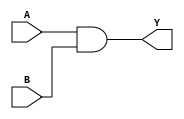
module AND2X2_1(A, B, Y);
input A, B;
output Y;
and(Y, A, B);
endmodule